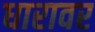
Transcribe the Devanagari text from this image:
धारावर